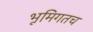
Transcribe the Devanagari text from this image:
भूमिगतच